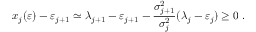
x _ { j } ( \varepsilon ) - \varepsilon _ { j + 1 } \simeq \lambda _ { j + 1 } - \varepsilon _ { j + 1 } - \frac { \sigma _ { j + 1 } ^ { 2 } } { \sigma _ { j } ^ { 2 } } ( \lambda _ { j } - \varepsilon _ { j } ) \geq 0 \; .